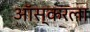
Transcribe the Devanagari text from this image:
ऑस्करला